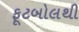
ફૂટબોલથી